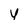
Character: y